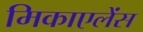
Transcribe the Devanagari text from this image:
मिकाएलेंस